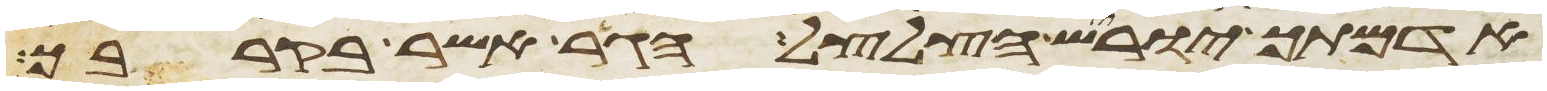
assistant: אדמתך יוריש הצלצל הגר אשר בקרבך